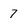
Character: 7